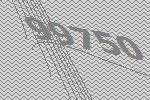
99750